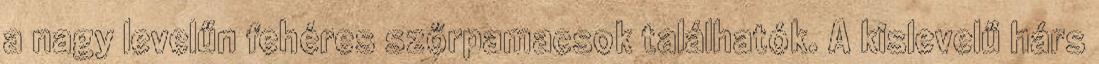
a nagy levelűn fehéres szőrpamacsok találhatók. A kislevelű hárs